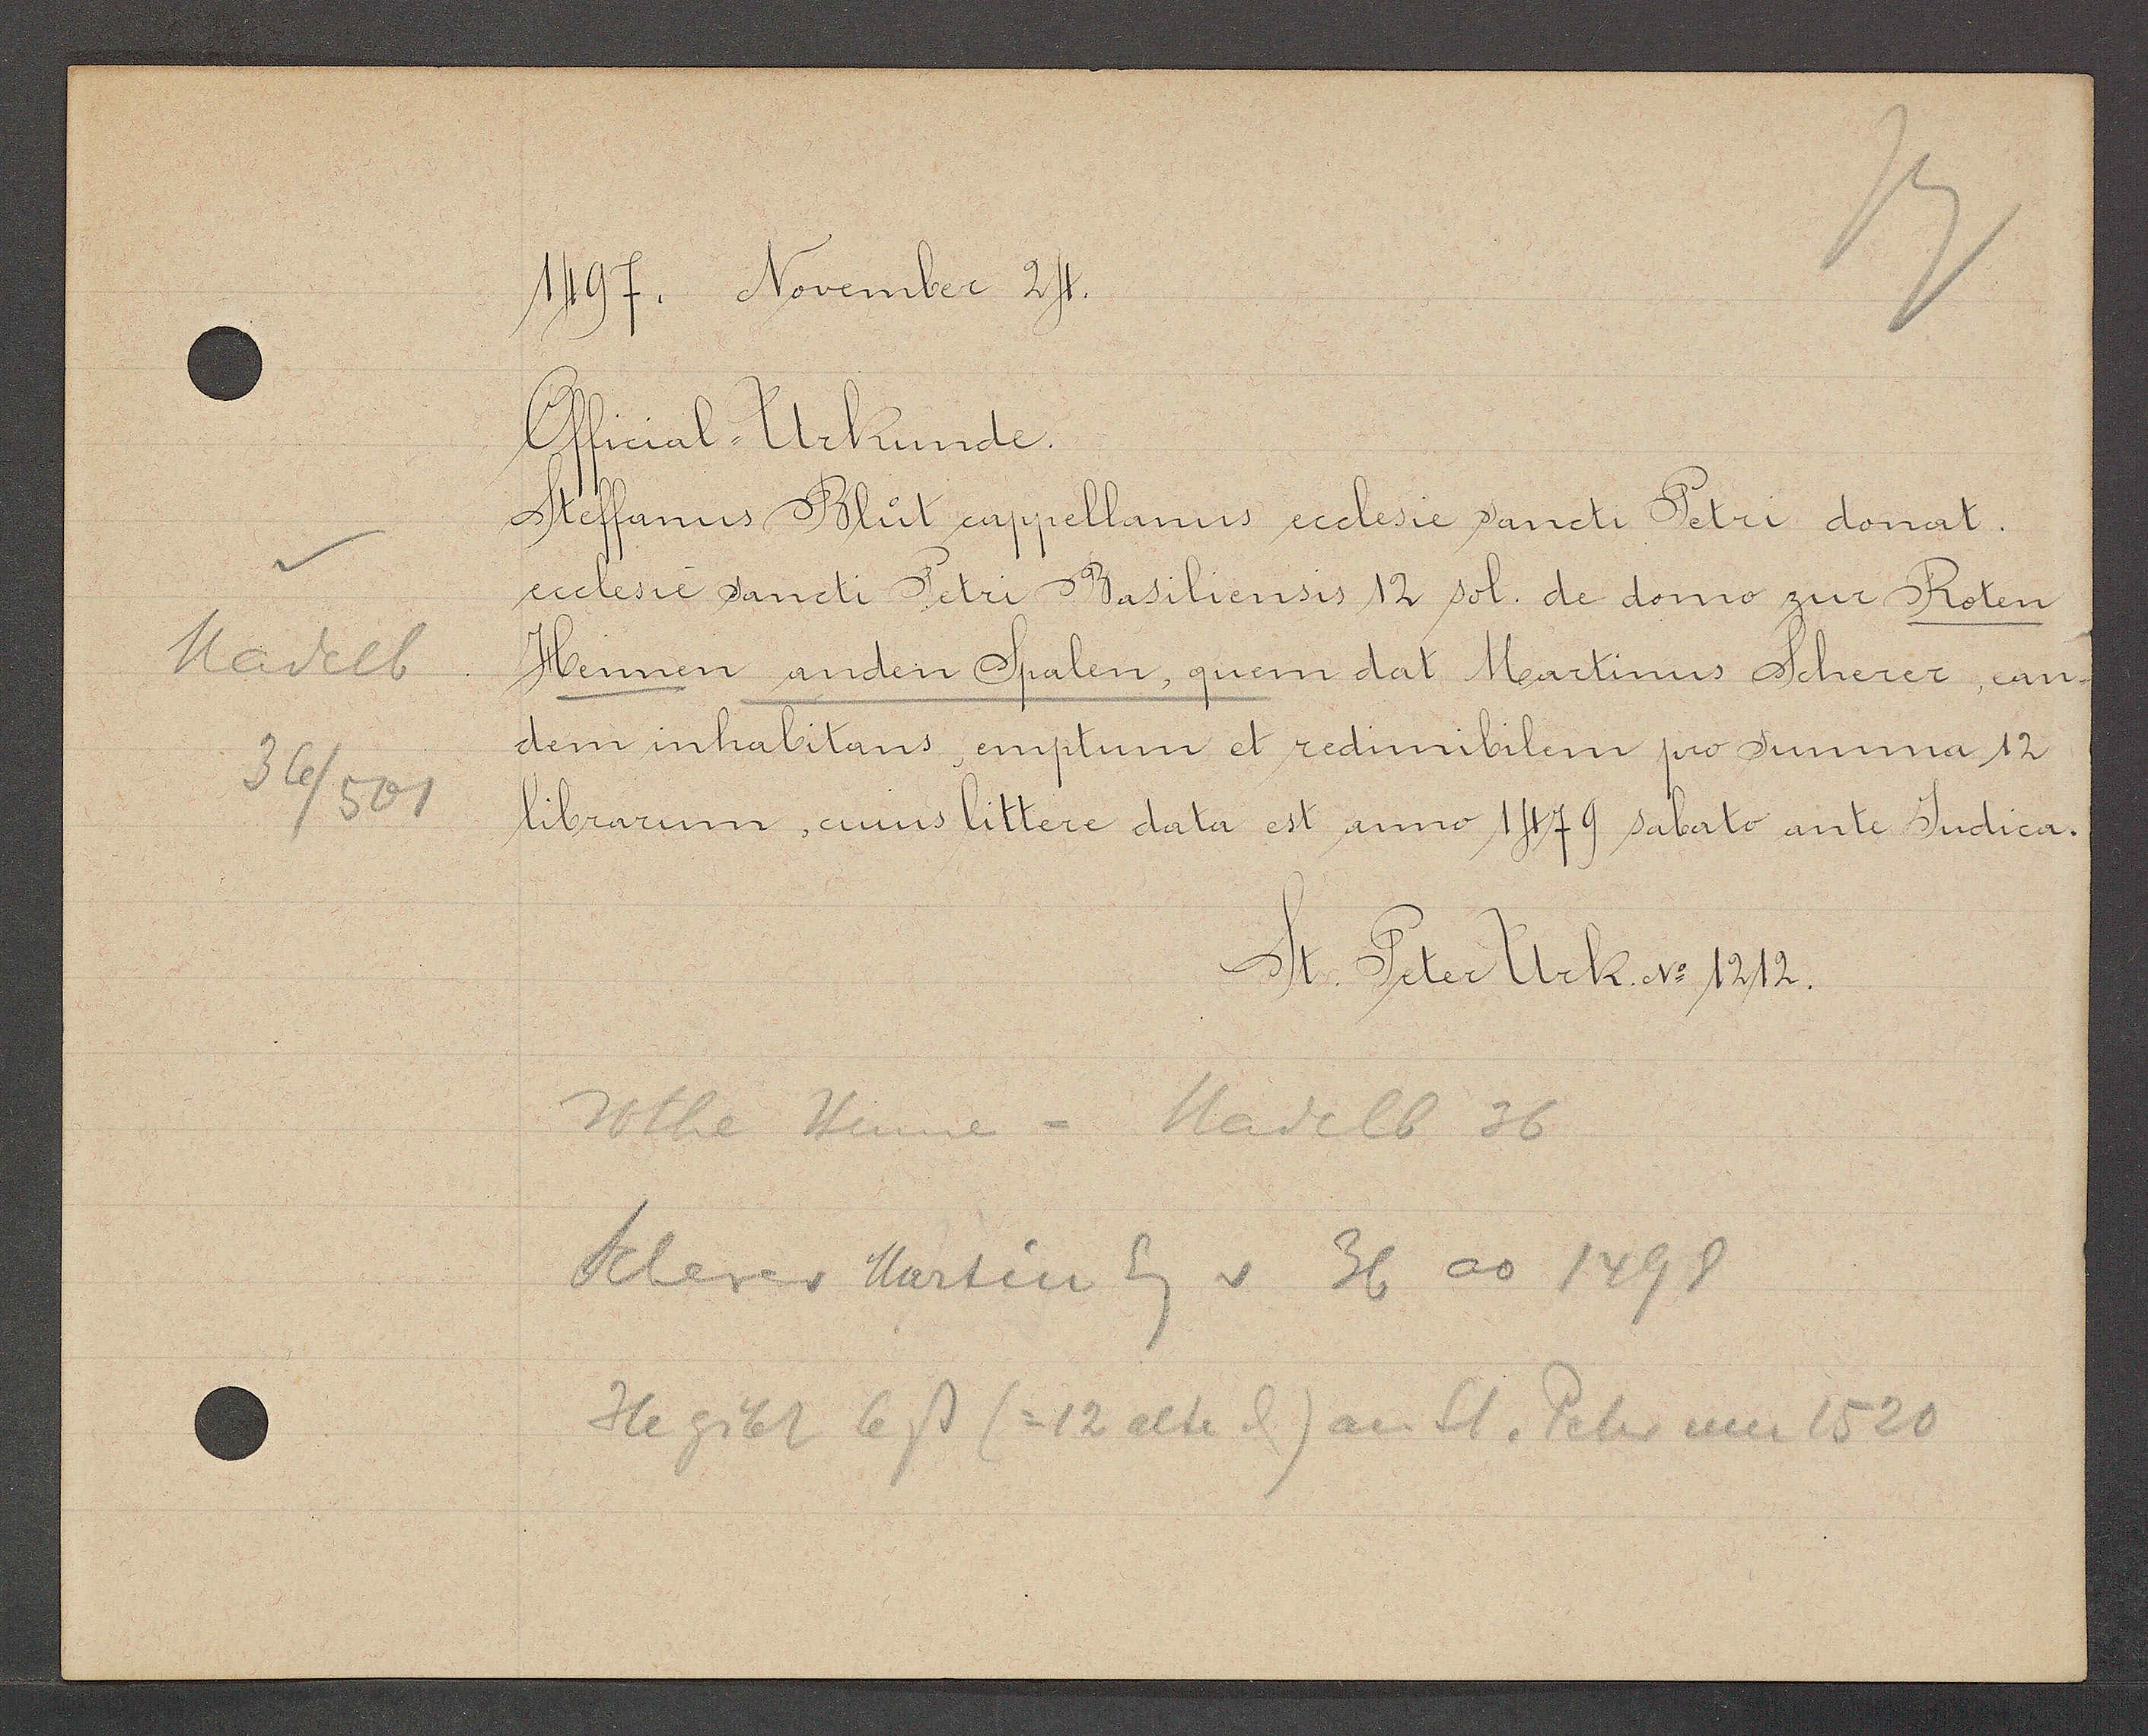
Transcript:
Nadelb
36/501

1497. November 24.

Official- Urkunde.
Steffanus Blut cappellanus ecclesie sancti Petri donat
ecclesie sancti Petri Basiliensis 12 sol. de domo zur Roten
Hennen anden Spalen, quem dat Martinus Scherer, can-
dem inhabitans emptum et redimibilem pro Junnma 12
librarum, cinns littere data est anno 1479 sabato ante Judica.

St. Peter Urk. No 1212.

Rothe Hennen =  Nadelb 36
Scherer Martin Eg v 36 ao 1498
He gibt 6ß (=12 alte ȡ) an St. Peter um 1520